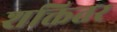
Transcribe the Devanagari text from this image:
शक्तितर